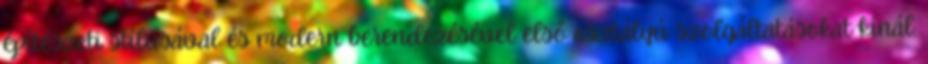
építészeti stílusával és modern berendezésével első osztályú szolgáltatásokat kínál.